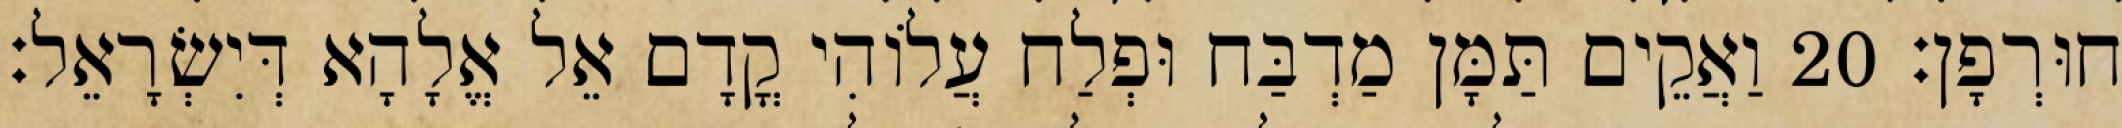
חוּרְפָן׃ 20 וַאֲקֵים תַּמָּן מַדְבַּח וּפְלַח עֲלוֹהִי קֳדָם אֵל אֱלָהָא דְּיִשְׂרָאֵל׃